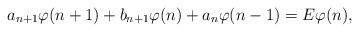
LaTeX: \begin{align*}a_{n+1}\varphi(n+1)+b_{n+1}\varphi(n)+a_n \varphi(n-1) = E\varphi(n),\end{align*}